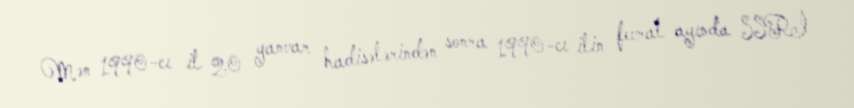
Mən 1990-cı il 20 yanvar hadisələrindən sonra 1990-cı ilin fevral ayında SSRİ